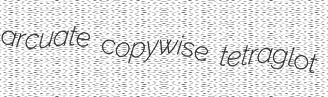
arcuate copywise tetraglot